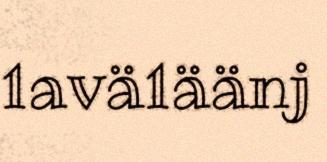
1avä1äänj